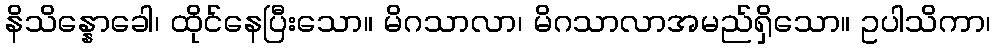
နိသိန္နောခေါ၊ ထိုင်နေပြီးသော။ မိဂသာလာ၊ မိဂသာလာအမည်ရှိသော။ ဥပါသိကာ၊